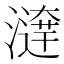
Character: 𤀱